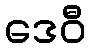
ဒေဝီ